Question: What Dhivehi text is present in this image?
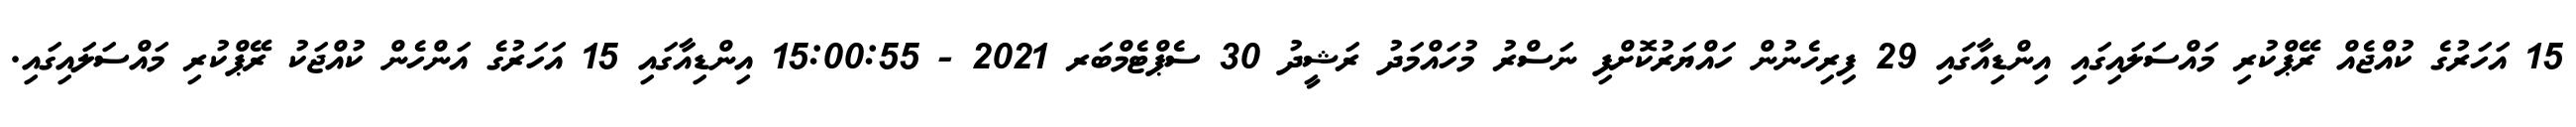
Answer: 15 އަހަރުގެ ކުއްޖެއް ރޭޕްކުރި މައްސަލައިގައި އިންޑިއާގައި 29 ފިރިހެނުން ހައްޔަރުކޮށްފި ނަސްރު މުހައްމަދު ރަޝީދު 30 ސެޕްޓެމްބަރ 2021 - 15:00:55 އިންޑިއާގައި 15 އަހަރުގެ އަންހެން ކުއްޖަކު ރޭޕްކުރި މައްސަލައިގައި.